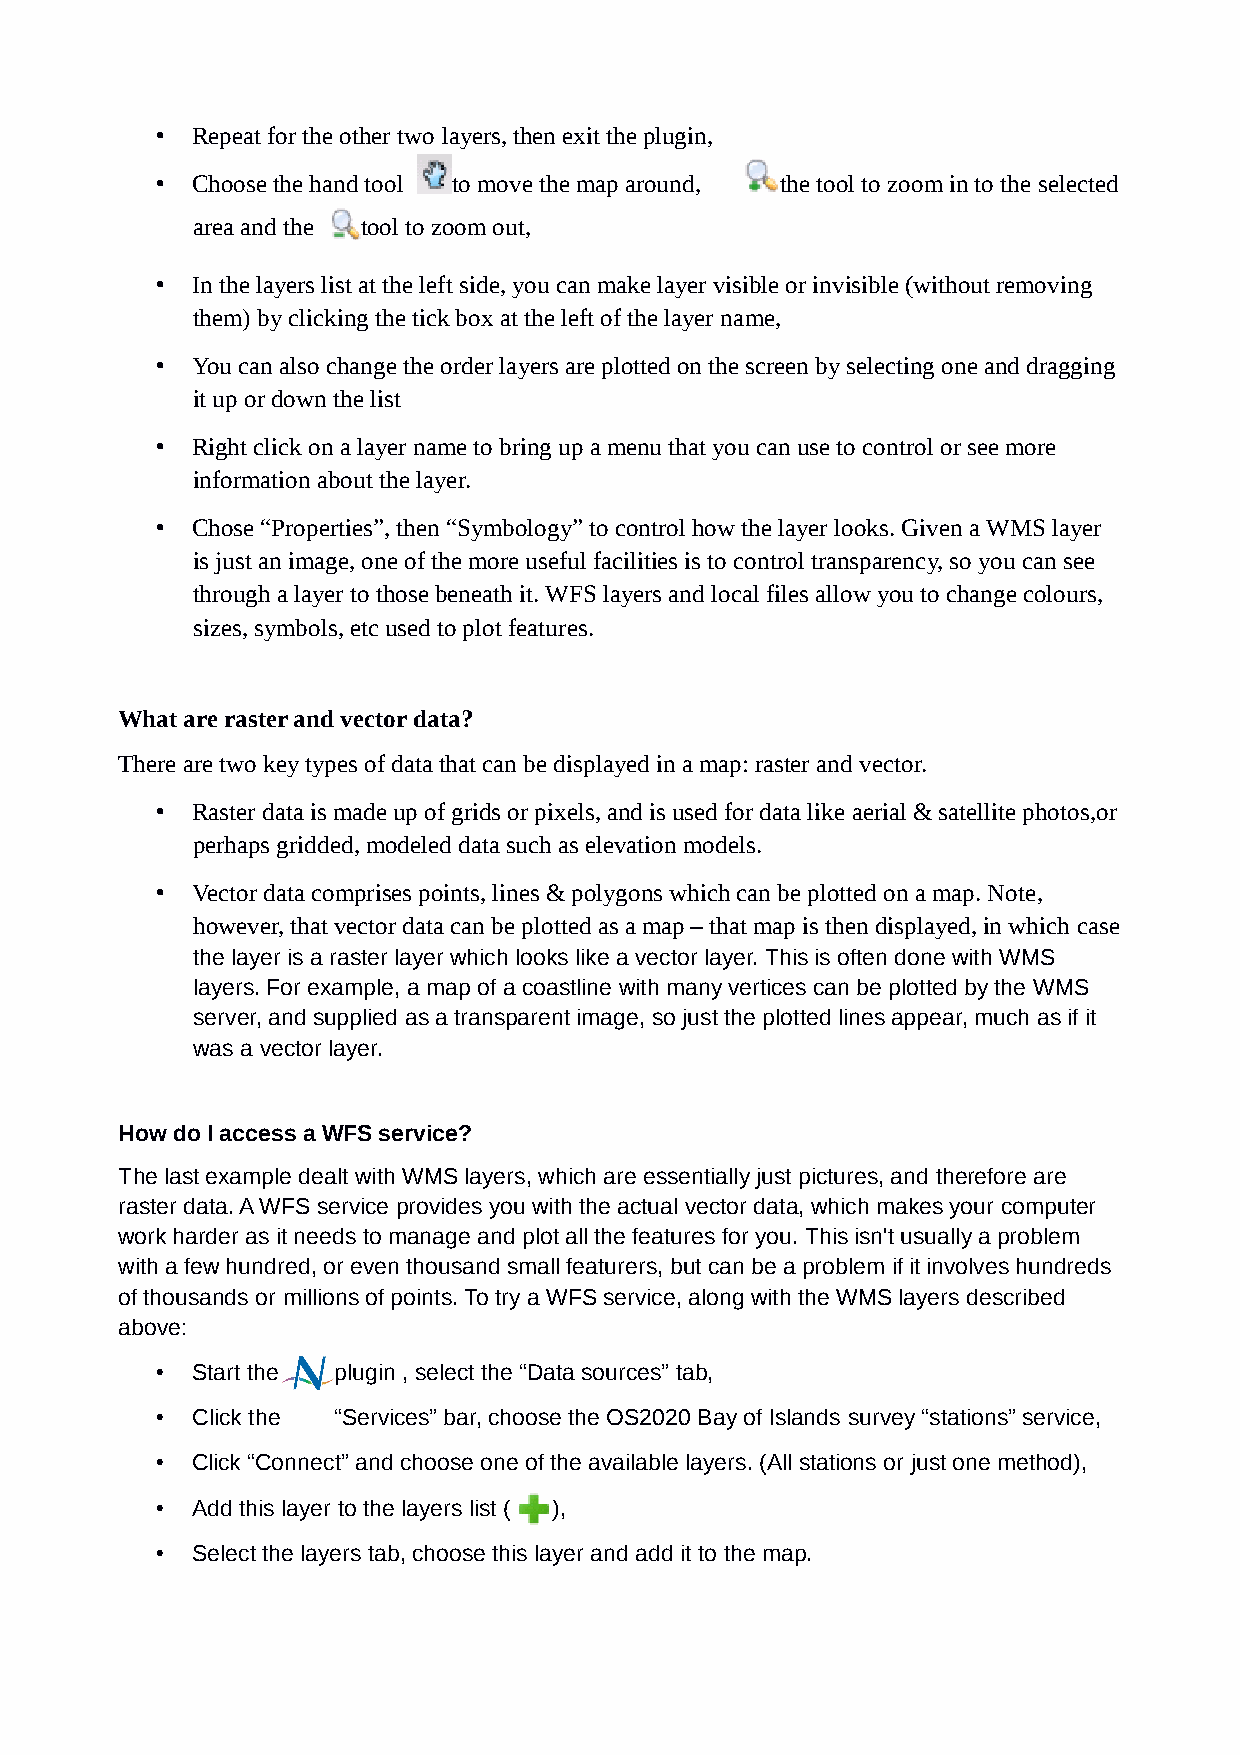
•  Repeat for the other two layers, then exit the plugin,
 •  Choose the hand tool to move the map around, the tool to zoom in to the selected
 area and the tool to zoom out,
 •  In the layers list at the left side, you can make layer visible or invisible (without removing
 them) by clicking the tick box at the left of the layer name,
 •  You can also change the order layers are plotted on the screen by selecting one and dragging
 it up or down the list
 •  Right click on a layer name to bring up a menu that you can use to control or see more
 information about the layer.
 •  Chose “Properties”, then “Symbology” to control how the layer looks. Given a WMS layer
 is just an image, one of the more useful facilities is to control transparency, so you can see
 through a layer to those beneath it. WFS layers and local files allow you to change colours,
 sizes, symbols, etc used to plot features.
 What are raster and vector data?
 There are two key types of data that can be displayed in a map: raster and vector.
 •  Raster data is made up of grids or pixels, and is used for data like aerial & satellite photos,or
 perhaps gridded, modeled data such as elevation models.
 •  Vector data comprises points, lines & polygons which can be plotted on a map. Note,
 however, that vector data can be plotted as a map – that map is then displayed, in which case
 the layer is a raster layer which looks like a vector layer. This is often done with WMS
 layers. For example, a map of a coastline with many vertices can be plotted by the WMS
 server, and supplied as a transparent image, so just the plotted lines appear, much as if it
 was a vector layer.
 How do I access a WFS service?
 The last example dealt with WMS layers, which are essentially just pictures, and therefore are
 raster data. A WFS service provides you with the actual vector data, which makes your computer
 work harder as it needs to manage and plot all the features for you. This isn't usually a problem
 with a few hundred, or even thousand small featurers, but can be a problem if it involves hundreds
 of thousands or millions of points. To try a WFS service, along with the WMS layers described
 above:
 •  Start the plugin , select the “Data sources” tab,
 •  Click the “Services” bar, choose the OS2020 Bay of Islands survey “stations” service,
 •  Click “Connect” and choose one of the available layers. (All stations or just one method),
 •  Add this layer to the layers list ( ),
 •  Select the layers tab, choose this layer and add it to the map.